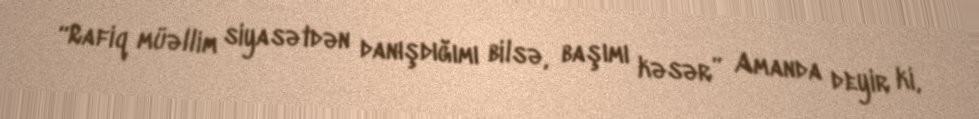
“Rafiq müəllim siyasətdən danışdığımı bilsə, başımı kəsər” Amanda deyir ki,